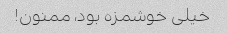
خیلی خوشمزه بود، ممنون!